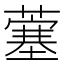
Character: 𫉲